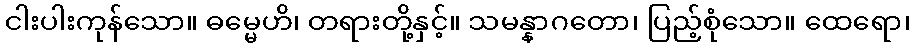
ငါးပါးကုန်သော။ ဓမ္မေဟိ၊ တရားတို့နှင့်။ သမန္နာဂတော၊ ပြည့်စုံသော။ ထေရော၊